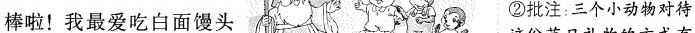
棒啦！我最爱吃白面馒头 ②批注：三个小动物对待